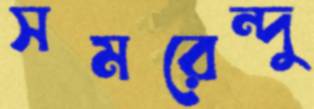
সমরেন্দু